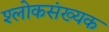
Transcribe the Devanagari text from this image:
श्लोकसंख्यक